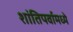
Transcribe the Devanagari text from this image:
शांतिपर्वामध्ये